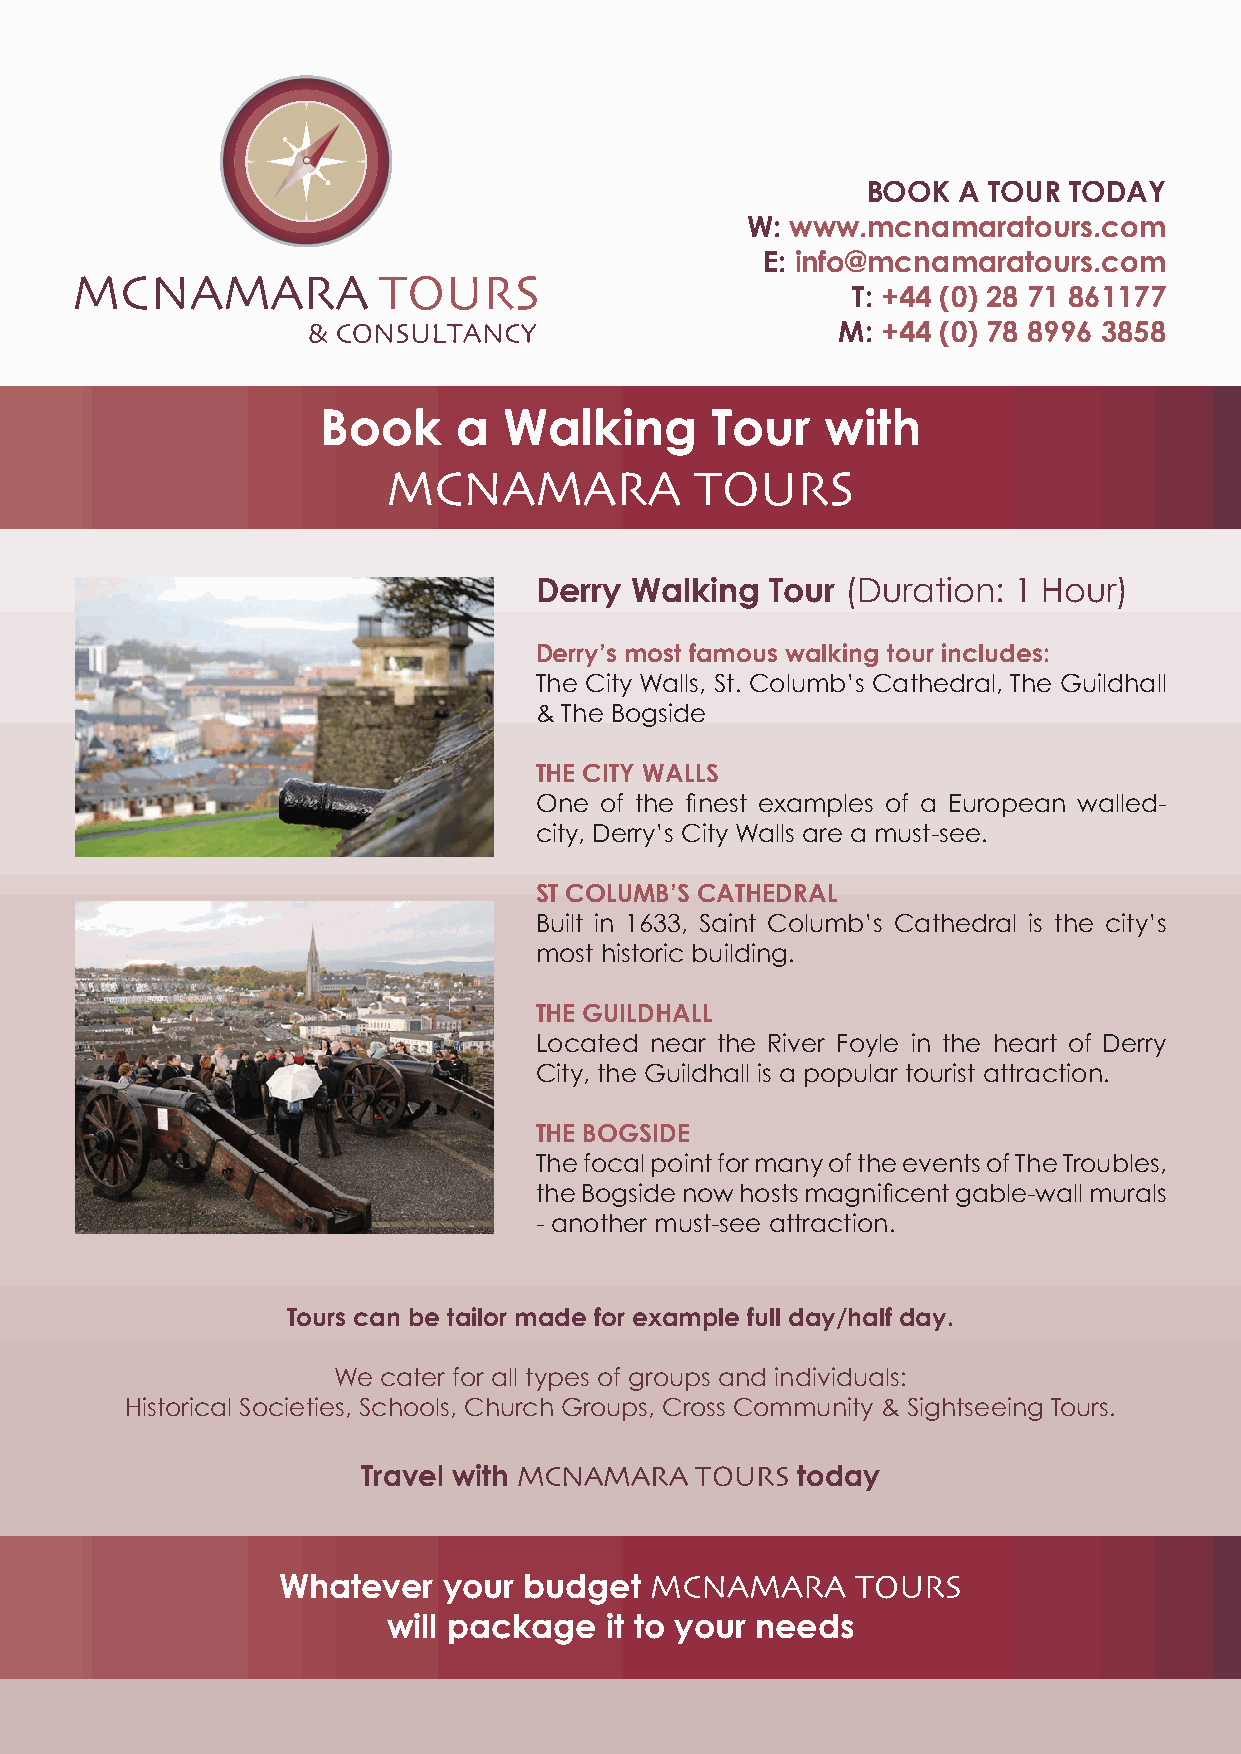
BOOK  A TOUR  TODAY
 W: www.mcnamaratours.com
 E: info@mcnamaratours.com
 T: +44 (0) 28 71 861177
 M: +44 (0) 78 8996 3858
 Book     a  Walking       Tour    with
 MCNAMARA            TOURS
 Derry  Walking  Tour (Duration: 1 Hour)
 Derry’s most famous walking tour includes:
 The City Walls, St. Columb’s Cathedral, The Guildhall
 & The Bogside
 THE CITY WALLS
 One  of the finest examples of a European walled-
 city, Derry’s City Walls are a must-see.
 ST COLUMB’S CATHEDRAL
 Built in 1633, Saint Columb’s Cathedral is the city’s
 most historic building.
 THE GUILDHALL
 Located near the River Foyle in the heart of Derry
 City, the Guildhall is a popular tourist attraction.
 THE BOGSIDE
 The focal point for many of the events of The Troubles,
 the Bogside now hosts magnificent gable-wall murals
 - another must-see attraction.
 Tours can be tailor made for example full day/half day.
 We cater for all types of groups and individuals:
 Historical Societies, Schools, Church Groups, Cross Community & Sightseeing Tours.
 Travel with MCNAMARA  TOURS  today
 Whatever   your  budget  MCNAMARA      TOURS
 will package  it to your needs